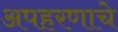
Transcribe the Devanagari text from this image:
अपहरणाचे